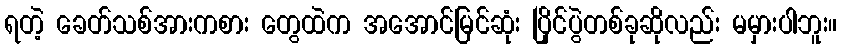
ရတဲ့ ခေတ်သစ်အားကစား တွေထဲက အအောင်မြင်ဆုံး ပြိုင်ပွဲတစ်ခုဆိုလည်း မမှားပါဘူး။